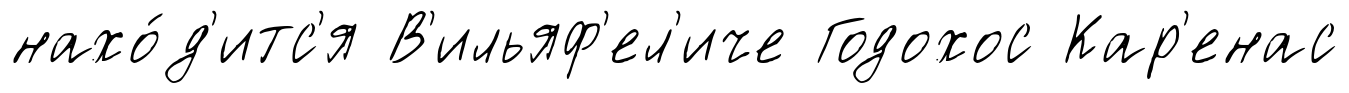
нахо́д'итс'я В'ильяф'ел'иче Годохос Кар'енас